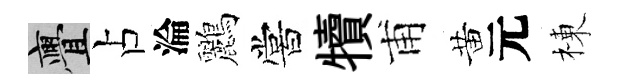
亹占淪鸝嘗犢甫黄元棟